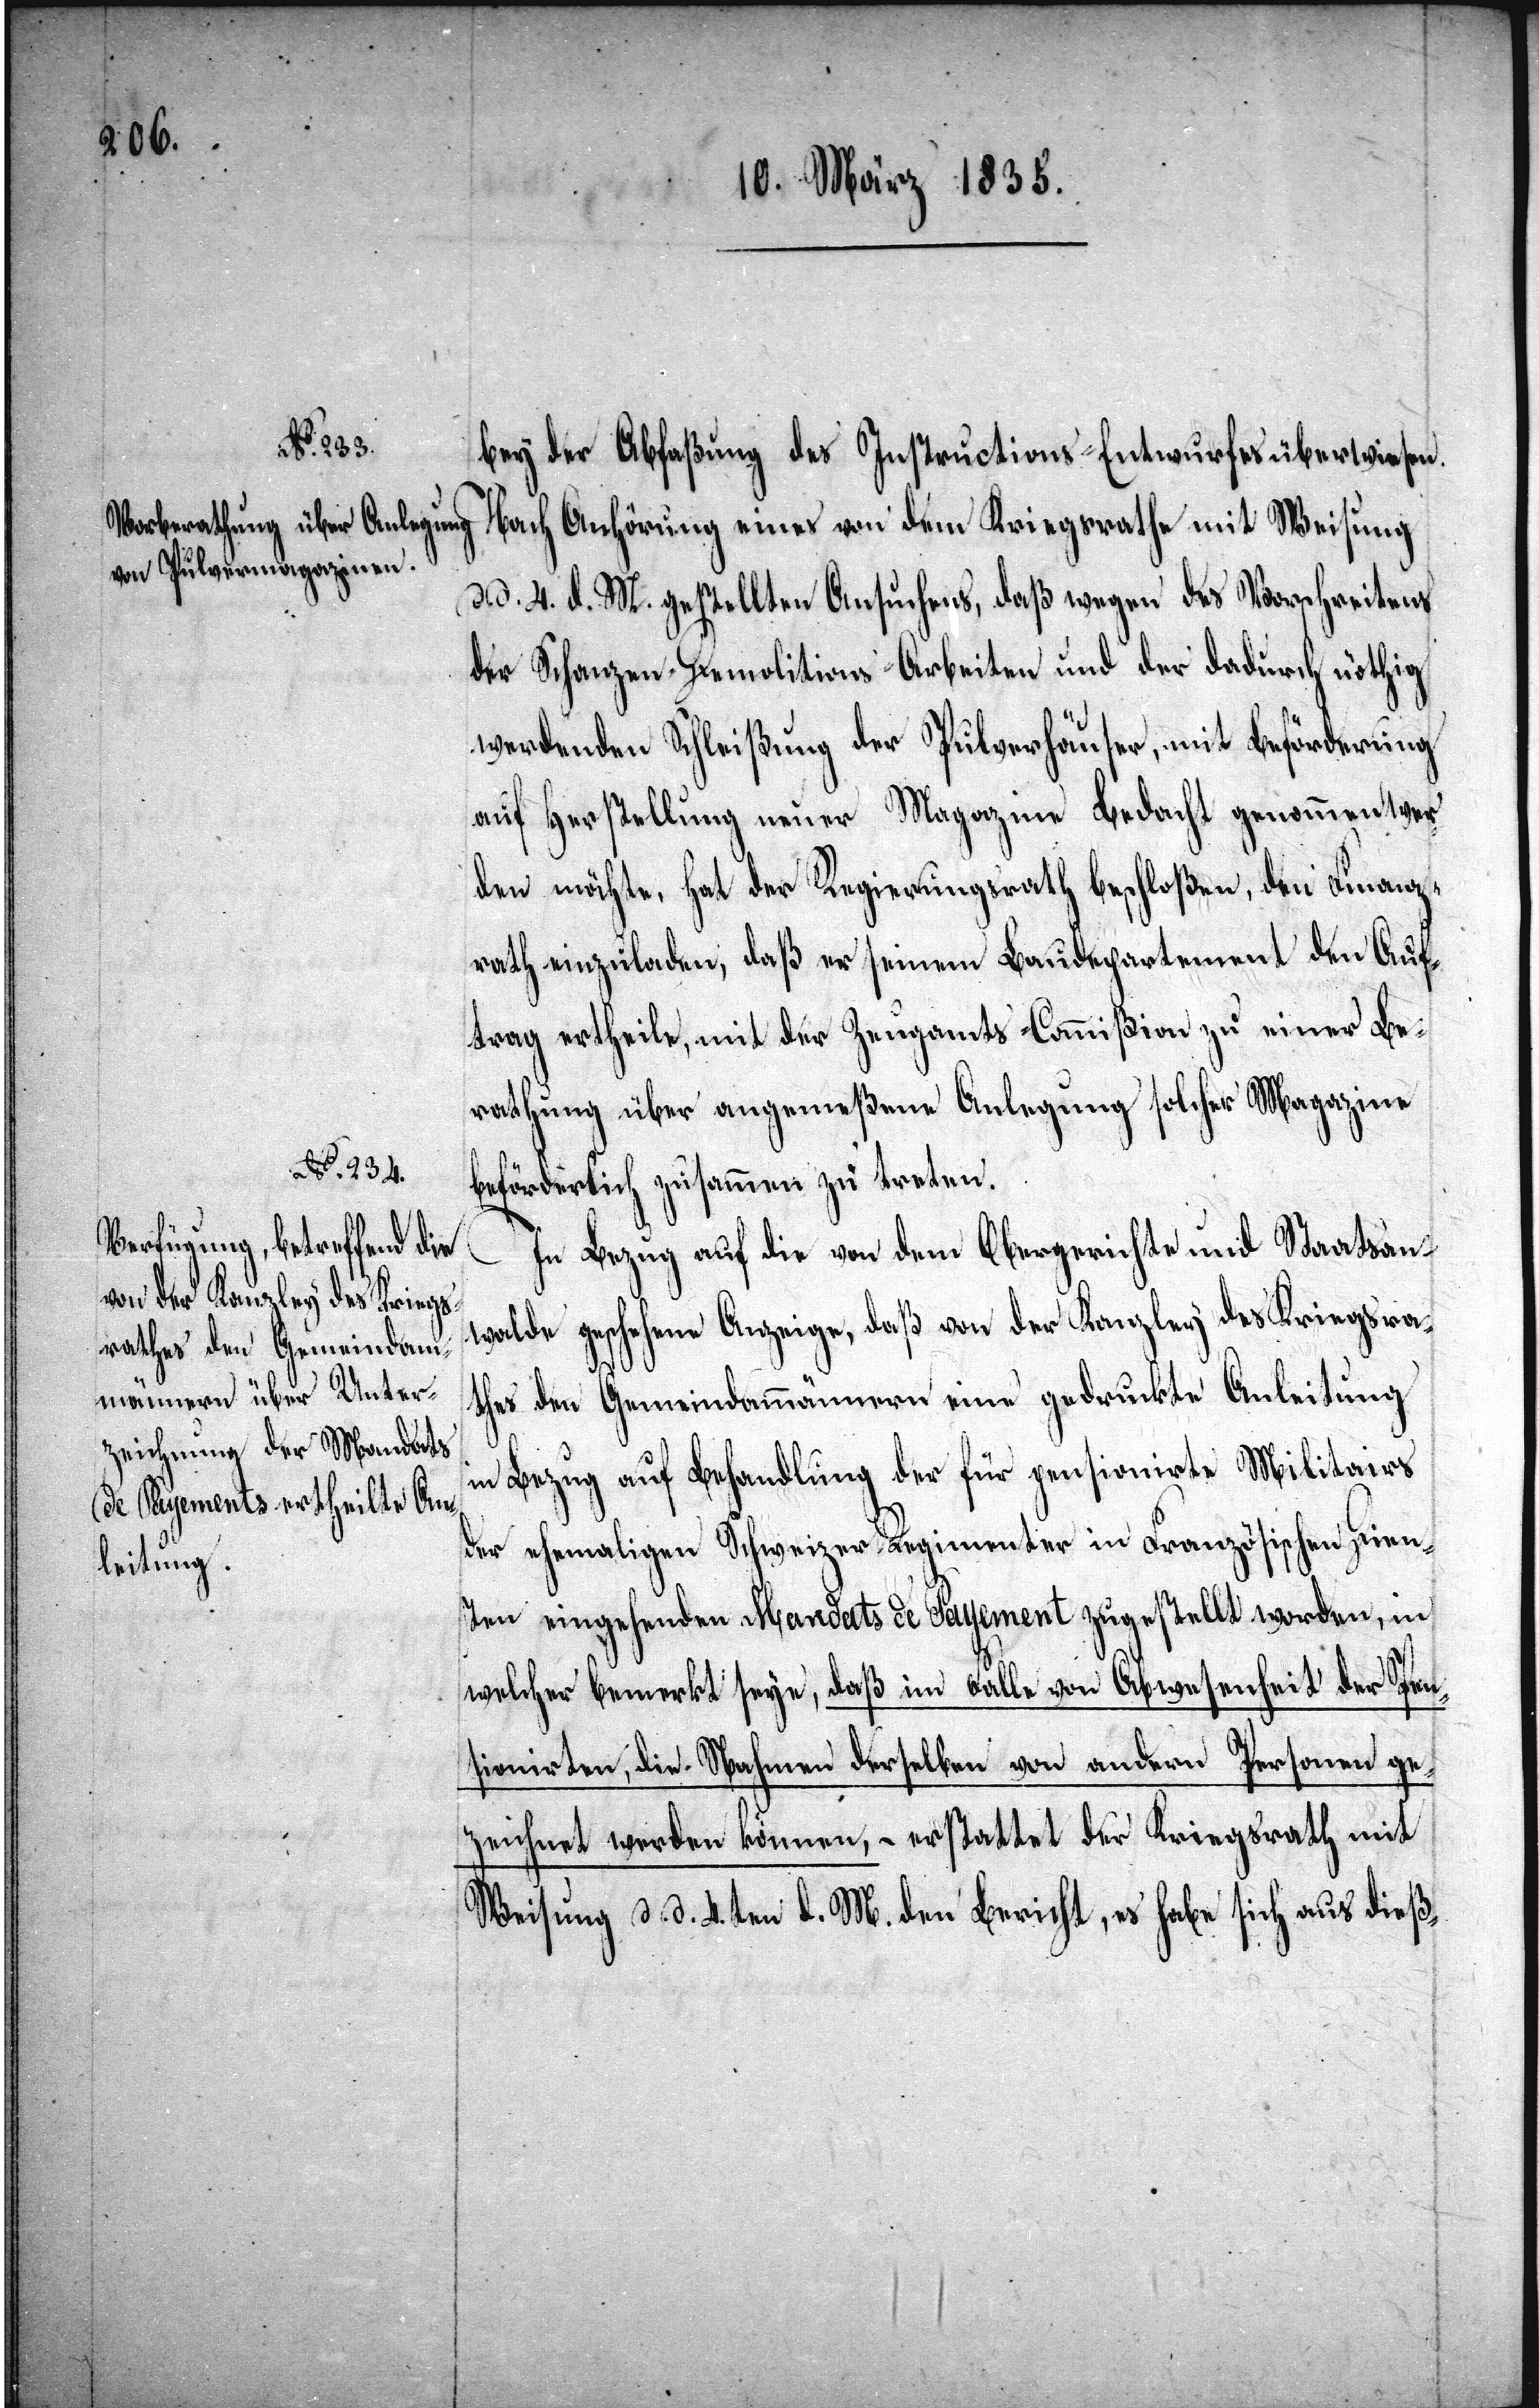
bey der Abfaßung des Instructions-Entwurfes überwiesen.
Nach Anhörung eines von dem Kriegsrathe mit Weisung
d. d. 4. d. M. gestellten Ansuchens, daß wegen des Vorschreitens
der Schanzen-Demolitions-Arbeiten und der dadurch nöthig
werdenden Schleißung der Pulverhäuser, mit Beförderung
auf Herstellung neuer Magazine Bedacht genommen wer¬
den möchte, hat der Regierungsrath beschloßen, den Finanz¬
rath einzuladen, daß er seinem Baudepartement den Auf¬
trag ertheile, mit der Zeugamts-Commißion zu einer Be¬
rathung über abgemeßene Anlegung solcher Magazine
beförderlich zusammen zu treten.
In Bezug auf die von dem Obergerichte und Staatsan¬
walde geschehene Anzeige, daß von der Kanzley des Kriegsra¬
thes den Gemeindammännern eine gedruckte Anleitung
in Bezug auf Behandlung der für pensionierte Militairs
der ehemaligen Schweizer-Regimenter in Französischen Dien¬
sten eingehenden Mandats de Payement zugestellt worden, in
welcher bemerkt seye, daß im Falle von Abwesenheit der Pen¬
sionirten, die Nahmen derselben von andern Personen ge¬
zeichnet werden können, – erstattet der Kriegsrath mit
Weisung d. d. 4.ten d. M. den Bericht, es habe sich aus dieß-